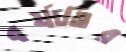
বর্ষাতির